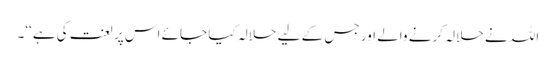
اللہ نے حلالہ کرنے والے اور جس کے لیے حلالہ کیا جائے اس پر لعنت کی ہے‘‘۔